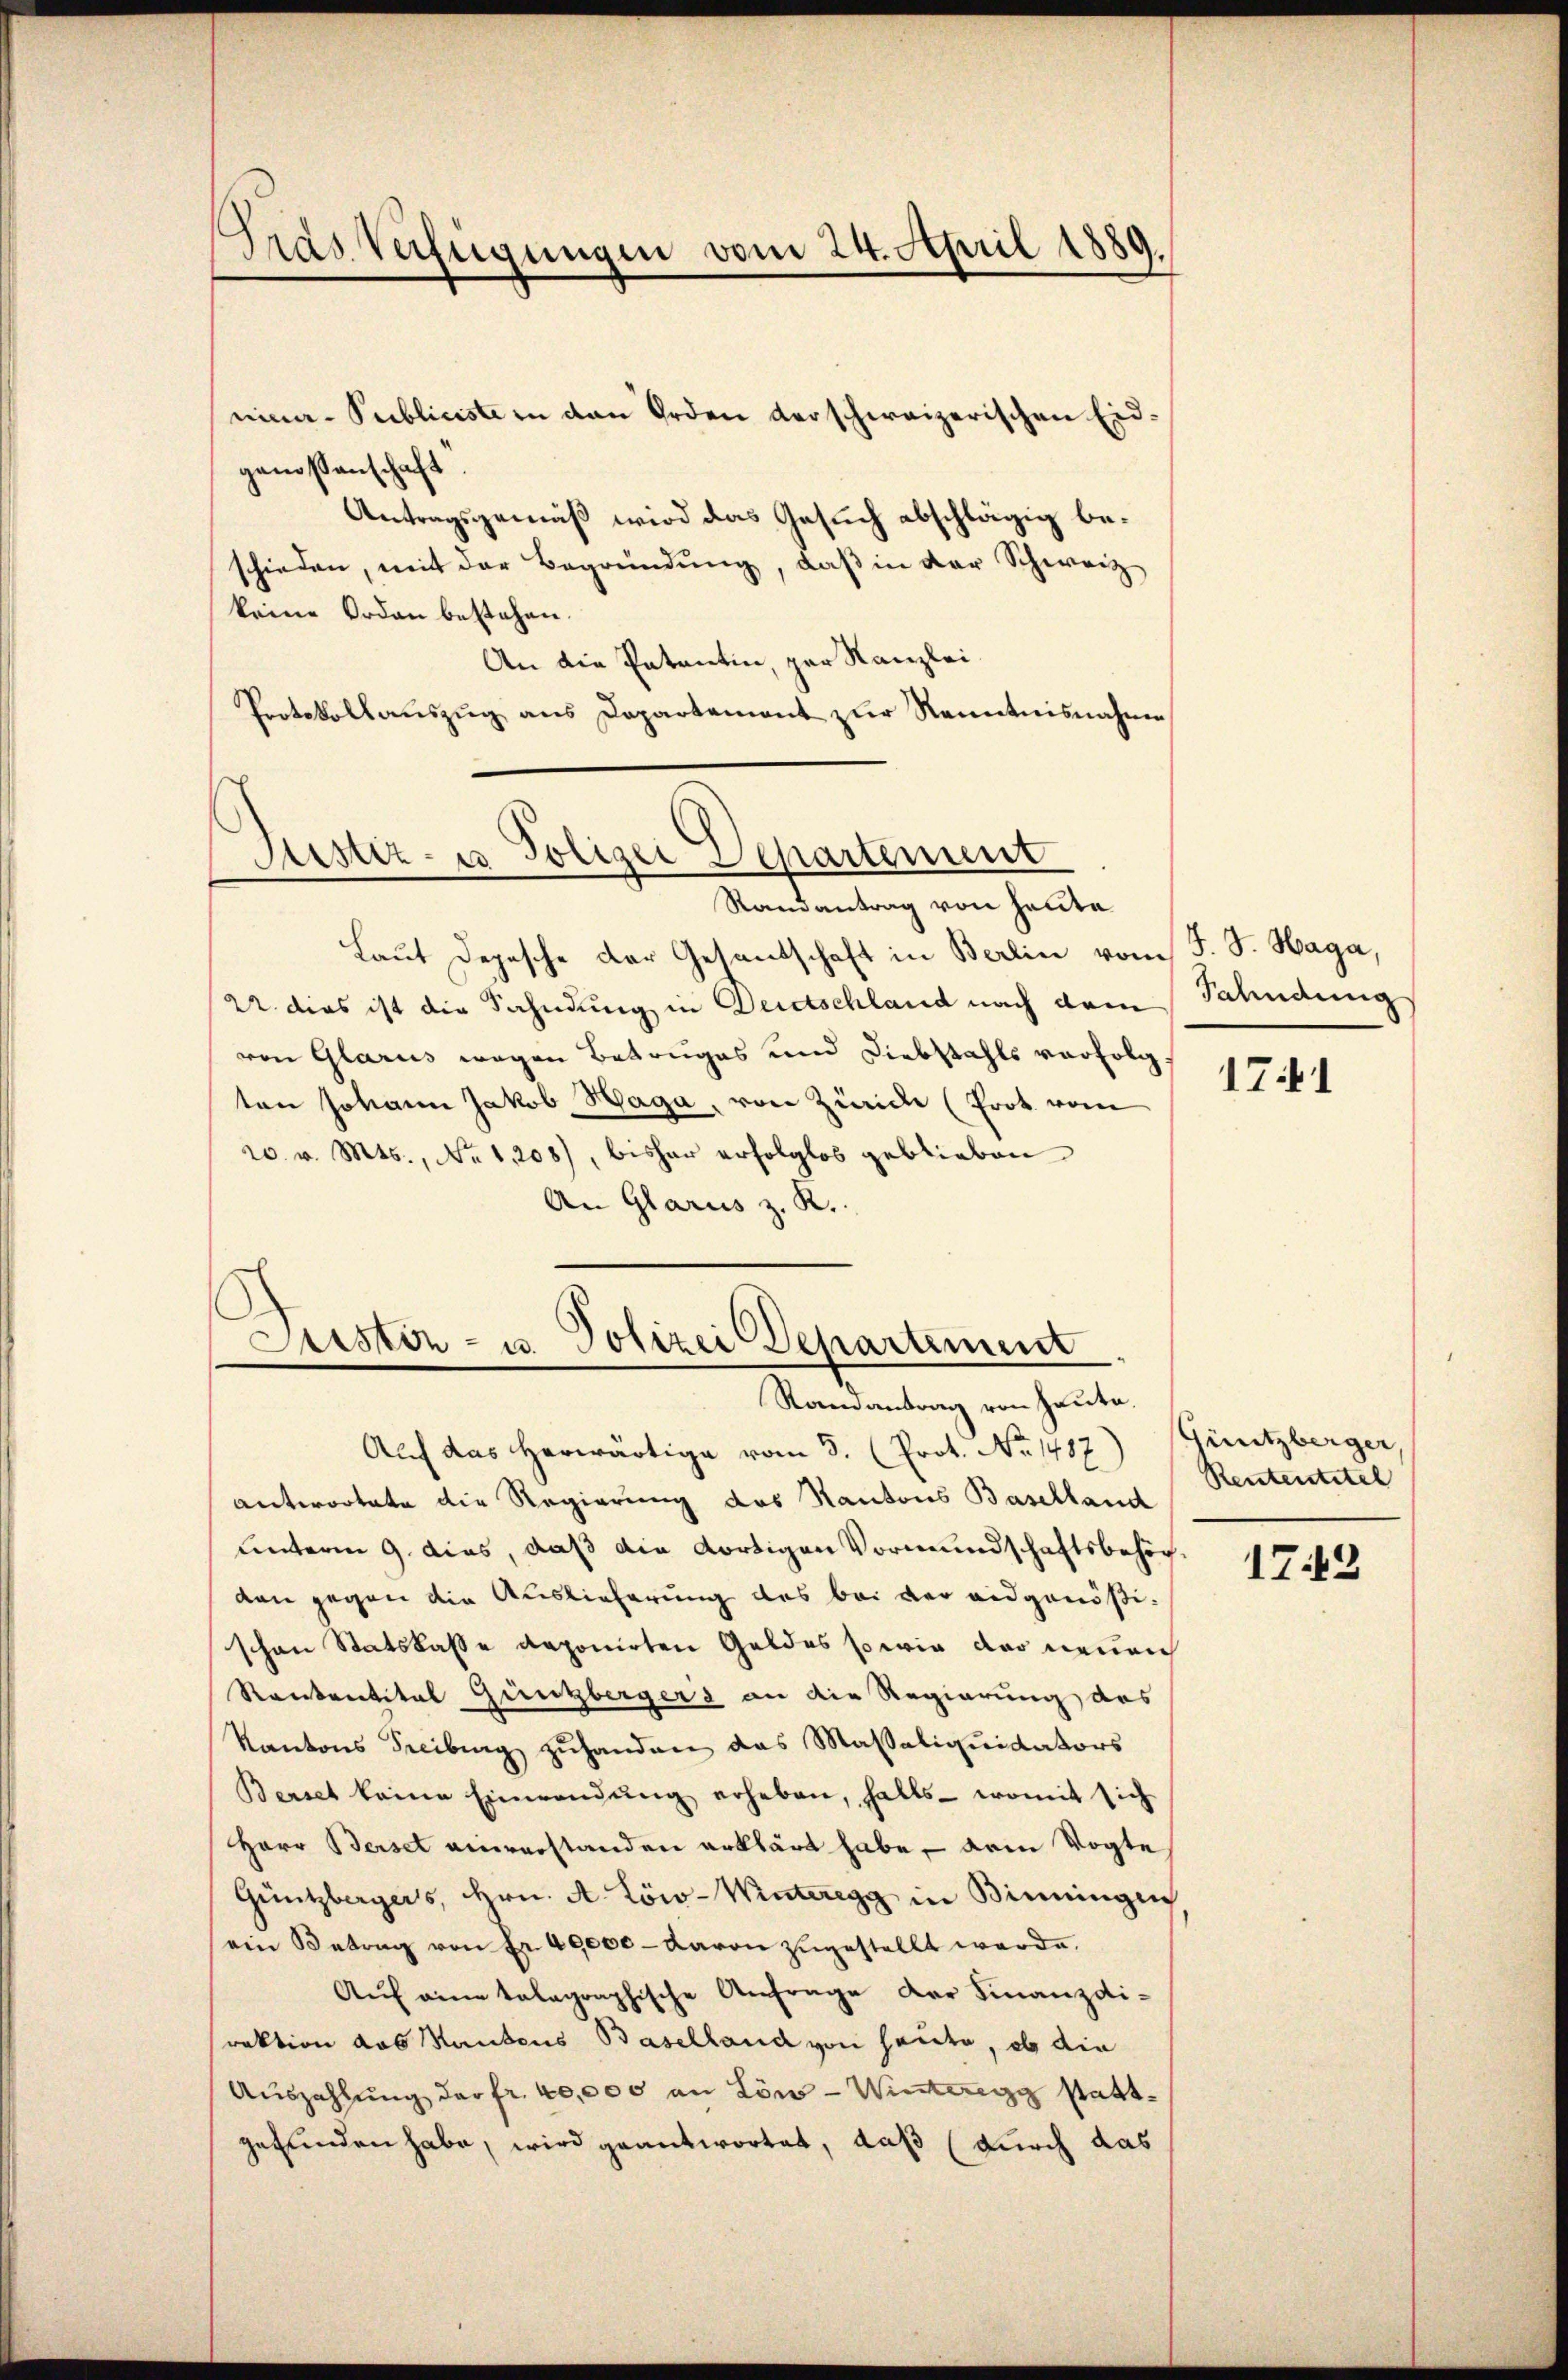
Gras Verfügungen vom 24. April 1889.

nima-Publiciste in den Orden derschweizerischen Eidgenossenschaft
Antragsgemäß wird das Gesuch abschlägig beschieden, mit der Begründung, daß in der Schweiz
keine Orden bestehen.
An die Patentin, par Kanzlei
Protokollaŭszŭg ans Departement zur Kenntnisnahme

Justiz- u Polizei Departement
Randantrag von heute

Laut Depesche der Gesandschaft in Berlin vom J. J. Haga,
22. dies ist die Fahndung in Deutschland nach dem Fahndung
von Glarus wegen Betruges und Diebstahls verfolg
ten Johann Jakob Haga, von Zürich (Prot. vom
r. v. Mts., No 1208), bisher erfolglos geblieben
An Glarus z. R.

Justiz- u. Polizei Departement
Ramantrag von Heute.

Auf das herwärtige vom 3. (Prot. No 1417) Güntzberger,
antwortete die Regierung des Kantons Baselland
unterm 9. dies, daß die dortigen Vormundschaftsbehörden gegen die Auslieferung des bei der eidgenößischon Statskasse deponirten Geldes so wie der neuen
Raeckentitel Gunzberger & an die Regierung des
Kantons Freiburg zuhanden das Massaliquidators
Berst keine Einwendung erheben, falls womit sich
Herr Beiset einverstanden erklärt habe, – dem Vogte
Güntzbergers, Hrn. A. Löw-Winteregg in Binningen
(ein Betrag von Fr. 40000 - davon zugestellt werde,
Aŭf eine talagraphische Anfrage der Finanzdiraktion das Mantens Baselland von heute, ob die
Auszahlung der fr. 40,000 an Lon - Wintereng stattgefunden habe, wird geantwortet, daß (durch das

1741

Rententitel

1742